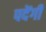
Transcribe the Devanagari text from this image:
पदेंगी